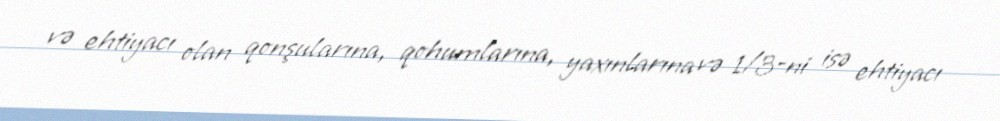
və ehtiyacı olan qonşularına, qohumlarına, yaxınlarına və 1/3-ni isə ehtiyacı